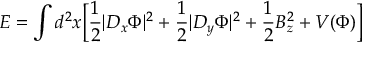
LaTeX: E = \int d ^ { 2 } x \biggl [ { \frac { 1 } { 2 } } | D _ { x } \Phi | ^ { 2 } + { \frac { 1 } { 2 } } | D _ { y } \Phi | ^ { 2 } + { \frac { 1 } { 2 } } B _ { z } ^ { 2 } + V ( \Phi ) \biggr ]